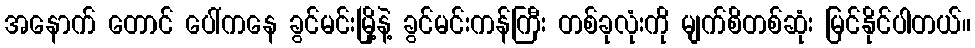
အနောက် တောင် ပေါ်ကနေ ခွင်မင်းမြို့နဲ့ ခွင်မင်းကန်ကြီး တစ်ခုလုံးကို မျက်စိတစ်ဆုံး မြင်နိုင်ပါတယ်။